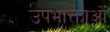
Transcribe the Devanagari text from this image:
उपभाक्ताओं